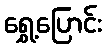
ရွှေ့ပြောင်း